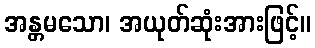
အန္တမသော၊ အယုတ်ဆုံးအားဖြင့်။